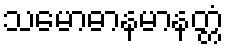
သမောဓာနမာနတ္တံ